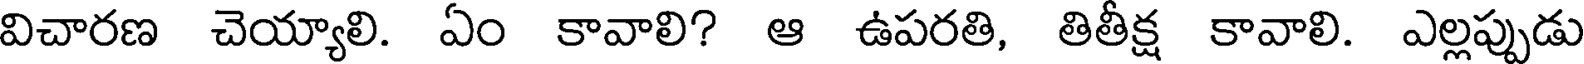
విచారణ చెయ్యాలి. ఏం కావాలి? ఆ ఉపరతి, తితీక్ష కావాలి. ఎల్లప్పుడు